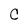
Character: C